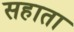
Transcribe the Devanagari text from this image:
सहाता